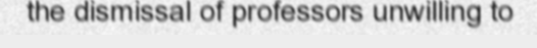
the dismissal of professors unwilling to